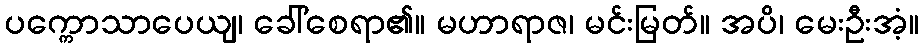
ပက္ကောသာပေယျ၊ ခေါ်စေရာ၏။ မဟာရာဇ၊ မင်းမြတ်။ အပိ၊ မေးဦးအံ့။